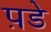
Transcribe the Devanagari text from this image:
प़डे